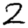
Digit: 2